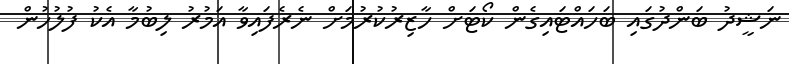
ނަޝީދު ބަންދުގައި ބަހައްޓައިގެން ކޯޓަށް ހާޒިރުކުރުމަށް ނެރެފައިވާ އަމުރު ލިބުމާ އެކު ފުލުހުން